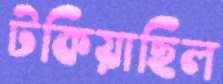
টকিয়াছিল